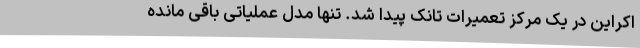
اکراین در یک مرکز تعمیرات تانک پیدا شد. تنها مدل عملیاتی باقی مانده